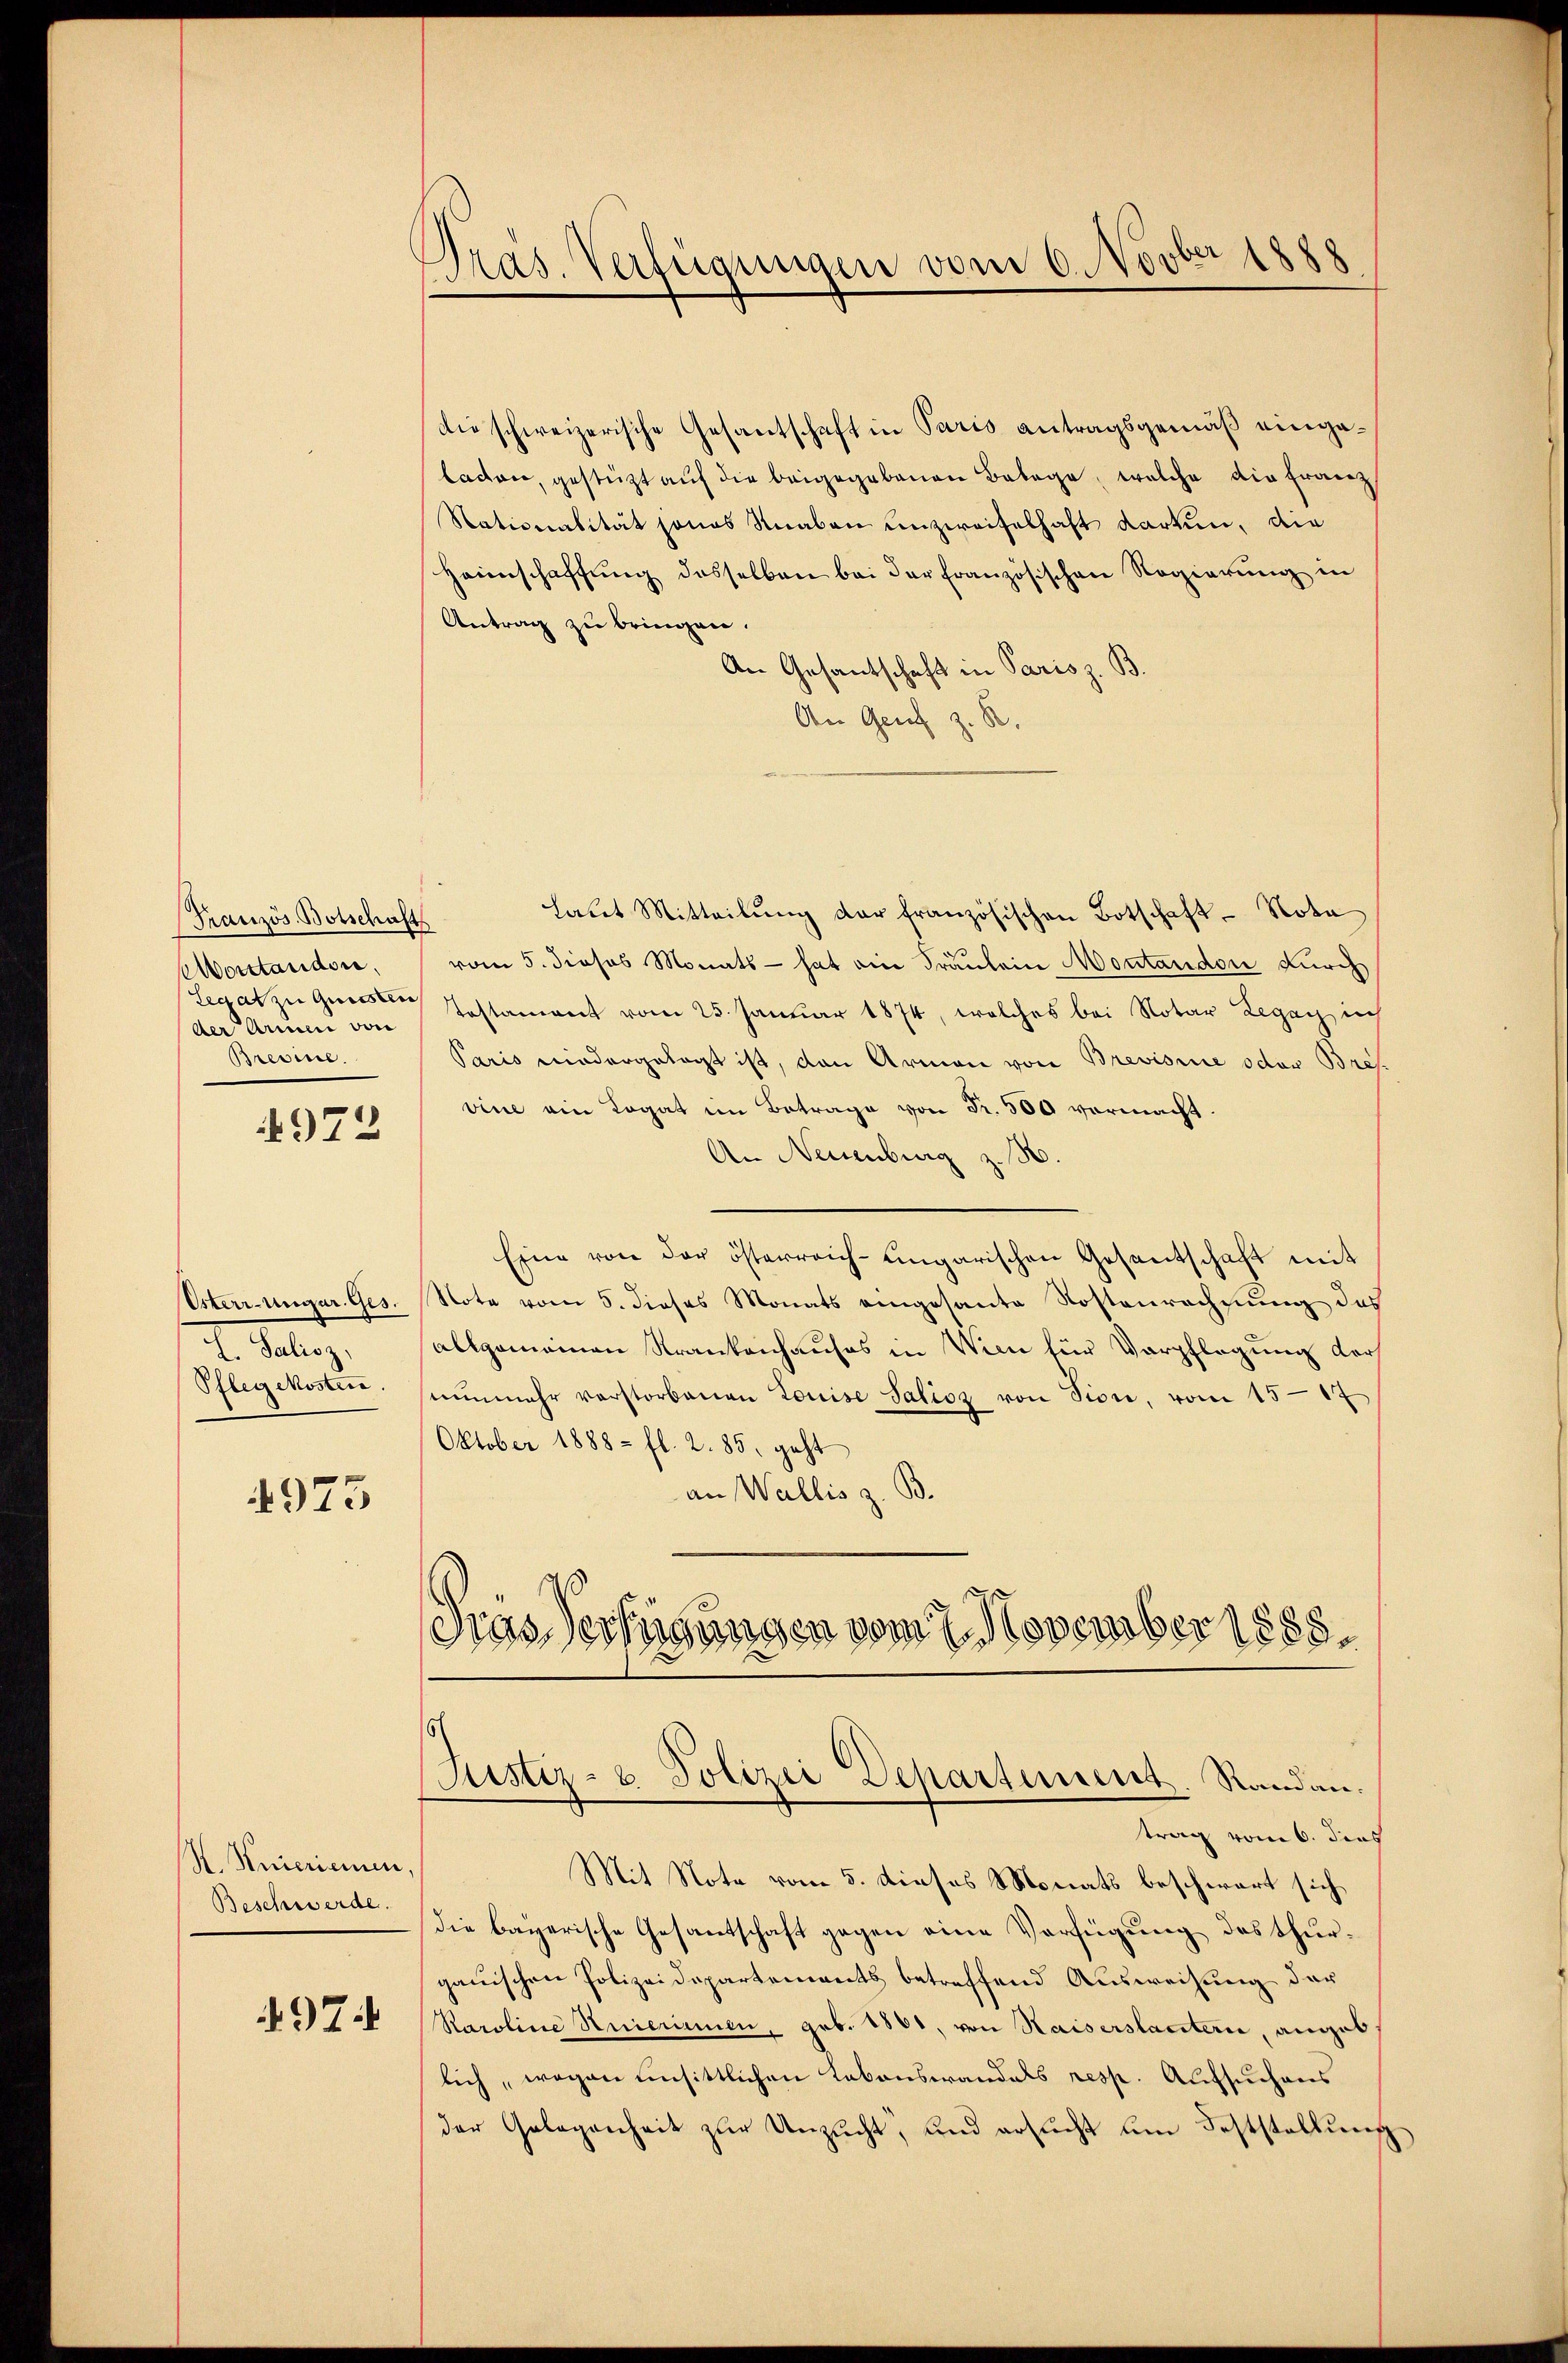
(Französ. Botschaft
Vorstandere.
der Armen von
Brevine.

4972

Usterr-Ungar. Ges.
t. Satz.
Pflegekosten

973

H. Meierinnen,
Beschwerde.

497.

Pras. Verfügungen vom 6. Novber 1888

Die schweizerische Gesantschaft in Paris antragsgemäß eingeladen, gestützt aŭf die beigegebenen Belage, welche die Erwerz
Nationalität jenes Knaben unzweifelhaft Karten, die
Heimschaffŭng desselben bei der Französischen Regierŭng in
Antrag zu bringen.
An Gesantschaft in Paris z. B.
An Genf z. R.

Laut Mitteilung der französischen Botschaft - Nota
vom 5. dieses Monats - hat ein Fräulein Montandon durch
Legat zu Gunsten Testament vom 25. Januar 1874, welches bei Notar Legay in
Paris niedergelegt ist, dann Armen von Brevisie oder Bres
vine ein Logat im Betrage von Fr. 500 vermacht.
An Neuenburg z. B.
Eine von der österreich-ungarischen Gesantschaft mit
Note vom 5. dieses Monats eingesante Kostenrechnung des
allgemeinen Krankenhauses in Wien für Verpflegung darf
nŭnmehr verstorbenen Louise Salicz von Pion, vom 15.17
Oktober 1888 - fl. 2. 85, geht
an Wallis z. B.
Das Verfügungen vom 7. November 1888.

Justiz- & Polizei Departement. Randau.

trag vom 6. dies
Mit Note vom 5. dieses Monats beschwart sich
Die bayerische Gesantschaft gegen eine Verfügung des thurgauischen Polizeidepartements betreffend Ausweisung der
Raroline Huierinnen, geb. 1801, von Kaiserstanterie, anges
lich, wegen unsittlichen Lebenswandals resp. Aufsuchens
der Gelegenheit zŭr Unzucht, und ersucht um Feststellung